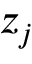
z _ { j }